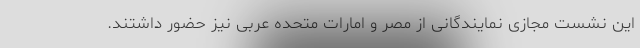
این نشست مجازی نمایندگانی از مصر و امارات متحده عربی نیز حضور داشتند.